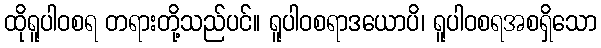
ထိုရူပါဝစရ တရားတို့သည်ပင်။ ရူပါဝစရာဒယောပိ၊ ရူပါဝစရအစရှိသော